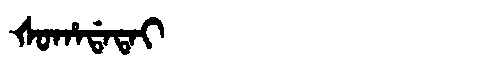
Manchu: ᡧᠣᡥᠠᡩᠠᡨᠠᡳ
Romanization: ŠOHADATAI